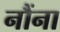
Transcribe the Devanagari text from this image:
नौंना